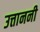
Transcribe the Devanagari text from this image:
उत्ताननी